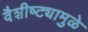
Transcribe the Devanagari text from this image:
वैशीष्ट्यामुळे